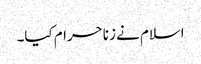
اسلام نے زنا حرام کیا۔